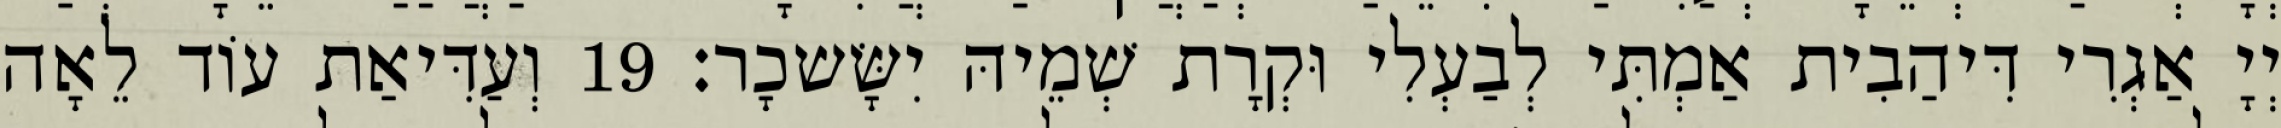
יְיָ אַגְרִי דִּיהַבִית אַמְתִּי לְבַעְלִי וּקְרָת שְׁמֵיהּ יִשָּׂשכָר׃ 19 וְעַדִּיאַת עוֹד לֵאָה